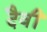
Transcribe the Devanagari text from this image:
दैवीं